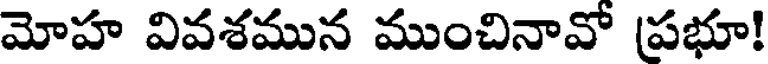
మోహ వివశమున ముంచినావో (ప్రభూ!